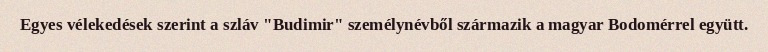
Egyes vélekedések szerint a szláv "Budimir" személynévből származik a magyar Bodomérrel együtt.